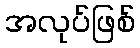
အလုပ်ဖြစ်